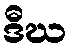
ဒီဃ